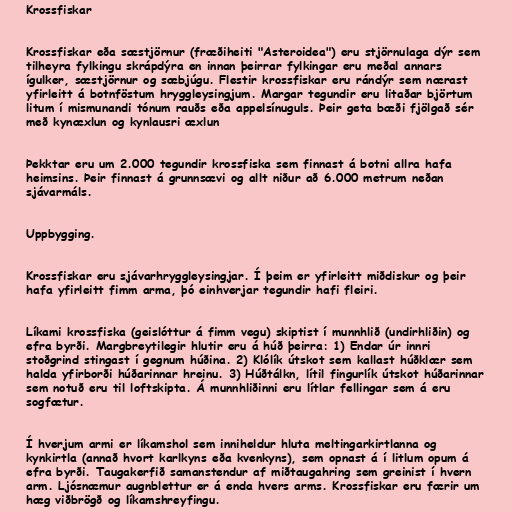
Krossfiskar

Krossfiskar eða sæstjörnur (fræðiheiti "Asteroidea") eru stjörnulaga dýr sem
tilheyra fylkingu skrápdýra en innan þeirrar fylkingar eru meðal annars
ígulker, sæstjörnur og sæbjúgu. Flestir krossfiskar eru rándýr sem nærast
yfirleitt á botnföstum hryggleysingjum. Margar tegundir eru litaðar björtum
litum í mismunandi tónum rauðs eða appelsínuguls. Þeir geta bæði fjölgað sér
með kynæxlun og kynlausri æxlun

Þekktar eru um 2.000 tegundir krossfiska sem finnast á botni allra hafa
heimsins. Þeir finnast á grunnsævi og allt niður að 6.000 metrum neðan
sjávarmáls.

Uppbygging.

Krossfiskar eru sjávarhryggleysingjar. Í þeim er yfirleitt miðdiskur og þeir
hafa yfirleitt fimm arma, þó einhverjar tegundir hafi fleiri.

Líkami krossfiska (geislóttur á fimm vegu) skiptist í munnhlið (undirhliðin) og
efra byrði. Margbreytilegir hlutir eru á húð þeirra: 1) Endar úr innri
stoðgrind stingast í gegnum húðina. 2) Klólík útskot sem kallast húðklær sem
halda yfirborði húðarinnar hreinu. 3) Húðtálkn, lítil fingurlík útskot húðarinnar
sem notuð eru til loftskipta. Á munnhliðinni eru lítlar fellingar sem á eru
sogfætur.

Í hverjum armi er líkamshol sem inniheldur hluta meltingarkirtlanna og
kynkirtla (annað hvort karlkyns eða kvenkyns), sem opnast á í litlum opum á
efra byrði. Taugakerfið samanstendur af miðtaugahring sem greinist í hvern
arm. Ljósnæmur augnblettur er á enda hvers arms. Krossfiskar eru færir um
hæg viðbrögð og líkamshreyfingu.